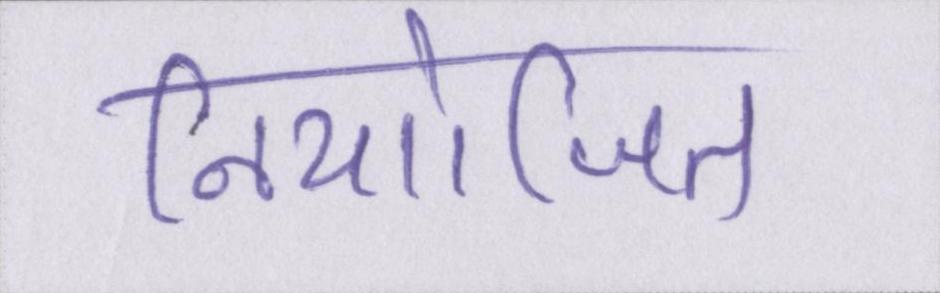
नियोजित